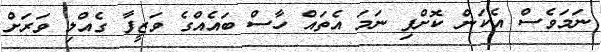
ނަމަވެސް އެކަން ކޮށްފި ނަމަ އެތައް ހާސް ބައެއްގެ ވަޒީފާ ގެއްލި ވަރަށް